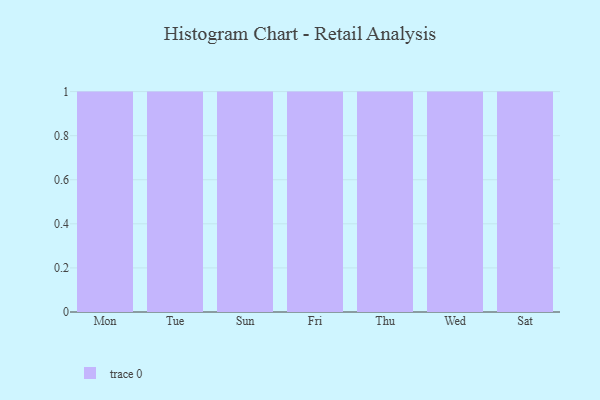
{"axis": {"x": "Day", "y": "Population (Million)"}, "legend": [""], "data": [{"x": "Mon", "y": 68, "type": ""}, {"x": "Tue", "y": 87, "type": ""}, {"x": "Sun", "y": 73, "type": ""}, {"x": "Fri", "y": 12, "type": ""}, {"x": "Thu", "y": 77, "type": ""}, {"x": "Wed", "y": 35, "type": ""}, {"x": "Sat", "y": 66, "type": ""}]}